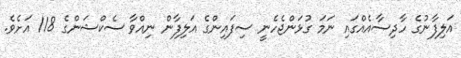
އަލިފާނުގެ ހާދިސާއެއްގައި ނަމަ ގުޅަންޖެހެނީ ސިފައިންގެ އަލިފާން ނިއްވާ ސެކްޝަންގެ 118 އަށެވެ.